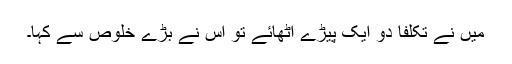
میں نے تکلفاً دو ایک پیڑے اٹھائے تو اس نے بڑے خلوص سے کہا۔